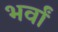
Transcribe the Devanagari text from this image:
भर्वां